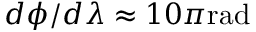
d \phi / d \lambda \approx 1 0 \pi \mathrm { r a d }